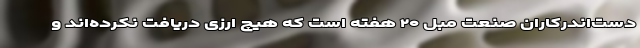
دست‌اندرکاران صنعت مبل ۲۰ هفته است که هیچ ارزی دریافت نکرده‌اند و